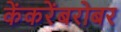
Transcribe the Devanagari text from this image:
केंकरेंबरोबर